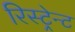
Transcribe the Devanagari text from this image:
रिस्ट्रेन्ट